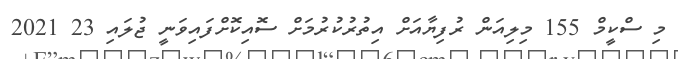
މި ސްކީމް 155 މިލިއަން ރުފިޔާއަށް އިތުރުކުރުމަށް ސޮއިކޮށްފައިވަނީ ޖުލައި 23 2021